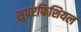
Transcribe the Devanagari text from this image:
सुपरफिशियल